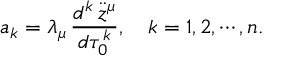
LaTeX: a _ { k } = \lambda _ { \mu } \, { \frac { d ^ { k } \, \ddot { z } ^ { \mu } } { d \tau _ { 0 } ^ { k } } } , ~ ~ ~ k = 1 , 2 , \cdots , n .